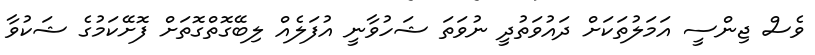
ވެސް ޖިންސީ އަމަލުތަކަށް ދައުވަތުދީ ނުވަތަ ޝަހުވާނީ އުފަލެއް ލިބޭގޮތްގޮތަށް ފޮށޭކަމުގެ ޝަކުވާ